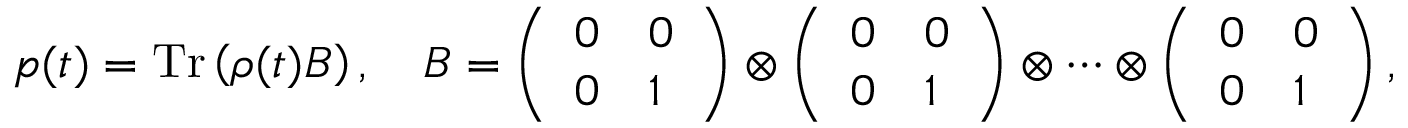
p ( t ) = \operatorname { T r } \left( \rho ( t ) B \right) , \quad B = \left( \begin{array} { l l } { 0 } & { 0 } \\ { 0 } & { 1 } \end{array} \right) \otimes \left( \begin{array} { l l } { 0 } & { 0 } \\ { 0 } & { 1 } \end{array} \right) \otimes \cdots \otimes \left( \begin{array} { l l } { 0 } & { 0 } \\ { 0 } & { 1 } \end{array} \right) ,